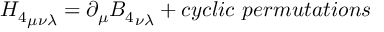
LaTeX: { H _ { 4 } } _ { \mu \nu \lambda } = \partial _ { \mu } { B _ { 4 } } _ { \nu \lambda } + c y c l i c ~ p e r m u t a t i o n s